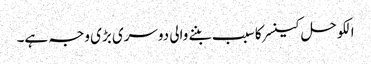
الکوحل کینسر کا سبب بننے والی دوسری بڑی وجہ ہے۔